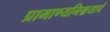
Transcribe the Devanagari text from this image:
प्रामाण्यनिश्चयाचे